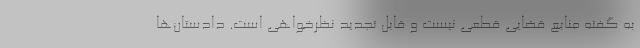
به گفته منابع قضایی قطعی نیست و قابل تجدید نظرخواهی است. دادستان‌ها